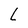
Character: L